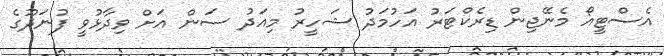
އެސްޓީއޯ މެނޭޖިން ޑިރެކްޓަރު އަހުމަދު ޝަހީރު މިއަދު ސަން އަށް ވިދާޅުވީ ފުނަދޫގެ